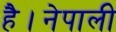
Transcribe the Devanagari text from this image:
है।नेपाली